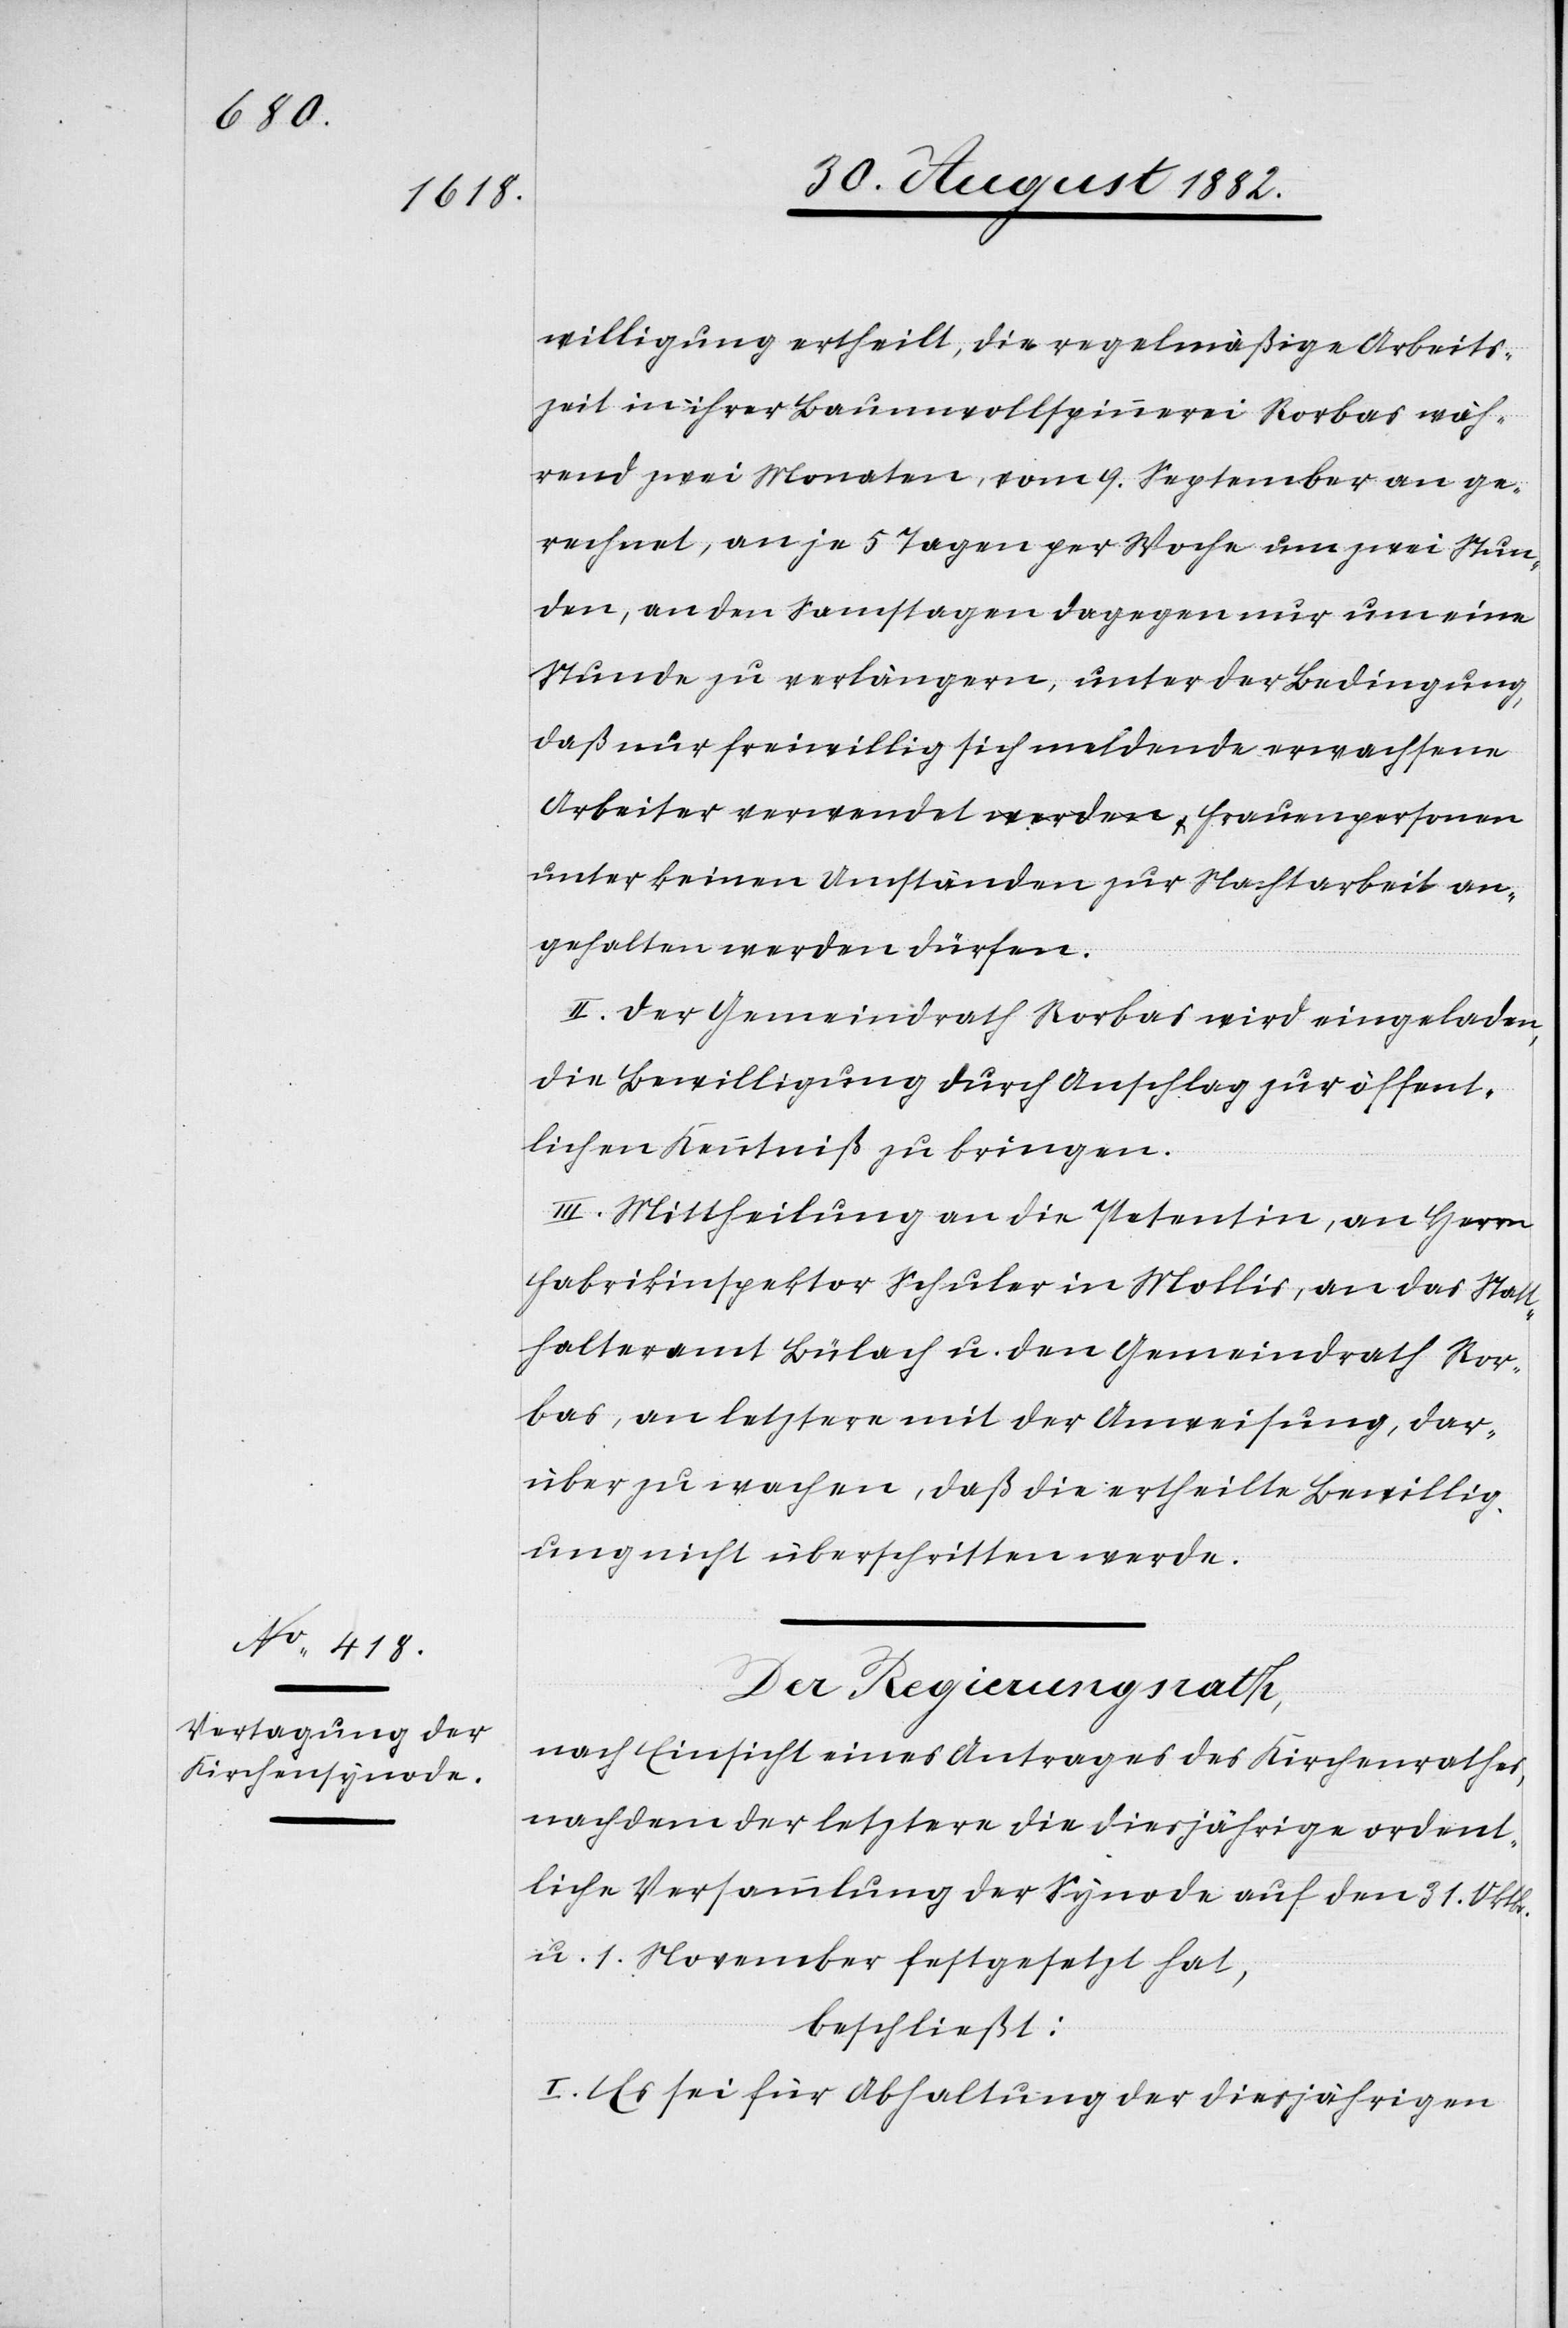
willigung ertheilt, die regelmäßige Arbeits¬
zeit in ihrer Baumwollspinnerei Rorbas wäh¬
rend zwei Monaten, vom 9. September an ge¬
rechnet, an je 5 Tagen per Woche um zwei Stun¬
den, an den Samstagen dagegen nur um eine
Stunde zu verlängern, unter der Bedingung,
daß nur freiwillig sich meldende erwachsene
unter keinen Umständen zur Nachtarbeit an¬
gehalten werden dürfen.
II. Der Gemeindrath Rorbas wird eingeladen,
die Bewilligung durch Anschlag zur öffent¬
lichen Kenntniß zu bringen.
III. Mittheilung an die Petentin, an Herrn
Fabrikinspektor Schuler in Mollis, an das Statt¬
halteramt Bülach u. den Gemeindrath Ror¬
bas, an letztere mit der Anweisung, dar¬
über zu wachen, daß die ertheilte Bewillig¬
ung nicht überschritten werde.
Der Regierungsrath,
nach Einsicht eines Antrages des Kirchenrathes,
nachdem der letztere die diesjährige ordent¬
liche Versammlung der Synode auf den 31. Oktbr.
u. 1. November festgesetzt hat,
beschließt:
I. Es sei für Abhaltung der diesjährigen